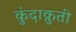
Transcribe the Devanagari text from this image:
कुंदाक्रुती